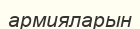
армияларын